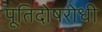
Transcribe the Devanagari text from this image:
पूतिदोषरोधी